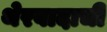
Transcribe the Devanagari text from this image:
थेरवादाची